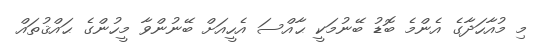
މި މުއާހަދާގެ އެންމެ ބޮޑު ބޭނުމަކީ ޙާއްސަ އެހީއަށް ބޭނުންވާ މީހުންގެ ޙައްޤުތައް